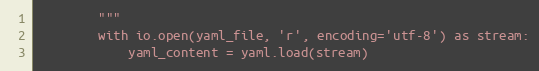
Language: Python
        """
        with io.open(yaml_file, 'r', encoding='utf-8') as stream:
            yaml_content = yaml.load(stream)